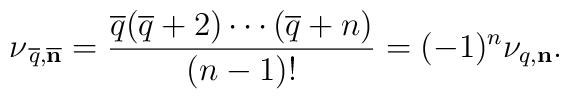
\nu_{\,\overline q,\overline{\bf n}}={\overline q(\overline q+2)\cdots(\overline q+n)\over (n-1)!}=(-1)^n\nu_{q,{\bf n}}.